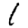
Digit: 1